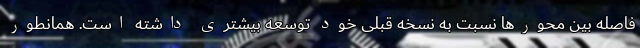
فاصله بین محورها نسبت به نسخه قبلی خود توسعه بیشتری داشته است. همانطور